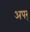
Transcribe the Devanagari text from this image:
अपर्